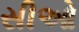
સીઓ